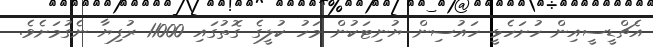
އެޗްޑީސީއިން ހުށަހެޅީ ހައުސިން ޔުނިޓަކުން މަހު ކުލީގެ ގޮތުގައި 11000 ރުފިޔާ ނެގުމަށެވެ.